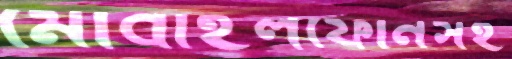
মোবাইলফোনসহ